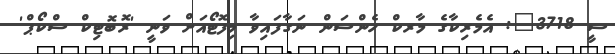
ސީ 3718": އެމެރިކާގެ މާރކް ހެންސަން ނަގާފައިވާ މިފޮޓޯއަށް ވަނީ 'ރޮބޮޓިކް ސްކޯޕް'